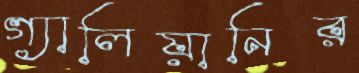
গ্যালিয়ানির